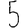
Digit: 5